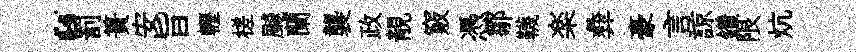
“罰簣安旨轣槎飇蘭襲政靚竅憑鄒韈楽彜豪言諒鑽限炕